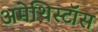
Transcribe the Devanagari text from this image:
अमेथिस्टॉस